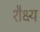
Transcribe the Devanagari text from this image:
शैक्ष्य